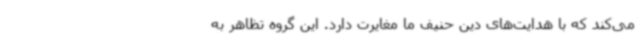
می‌کند که با هدایت‌های دین حنیف ما مغایرت دارد. این گروه تظاهر به